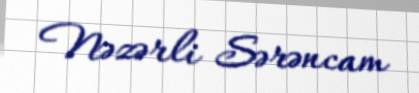
Nəzərli Sərəncam